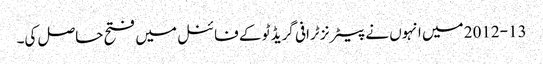
2012-13 میں انہوں نے پیٹرنز ٹرافی گریڈ ٹو کے فائنل میں فتح حاصل کی۔